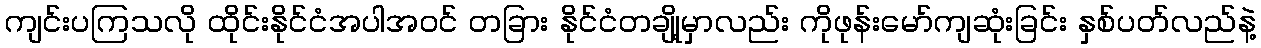
ကျင်းပကြသလို ထိုင်းနိုင်ငံအပါအဝင် တခြား နိုင်ငံတချို့မှာလည်း ကိုဖုန်းမော်ကျဆုံးခြင်း နှစ်ပတ်လည်နဲ့